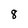
Character: 8